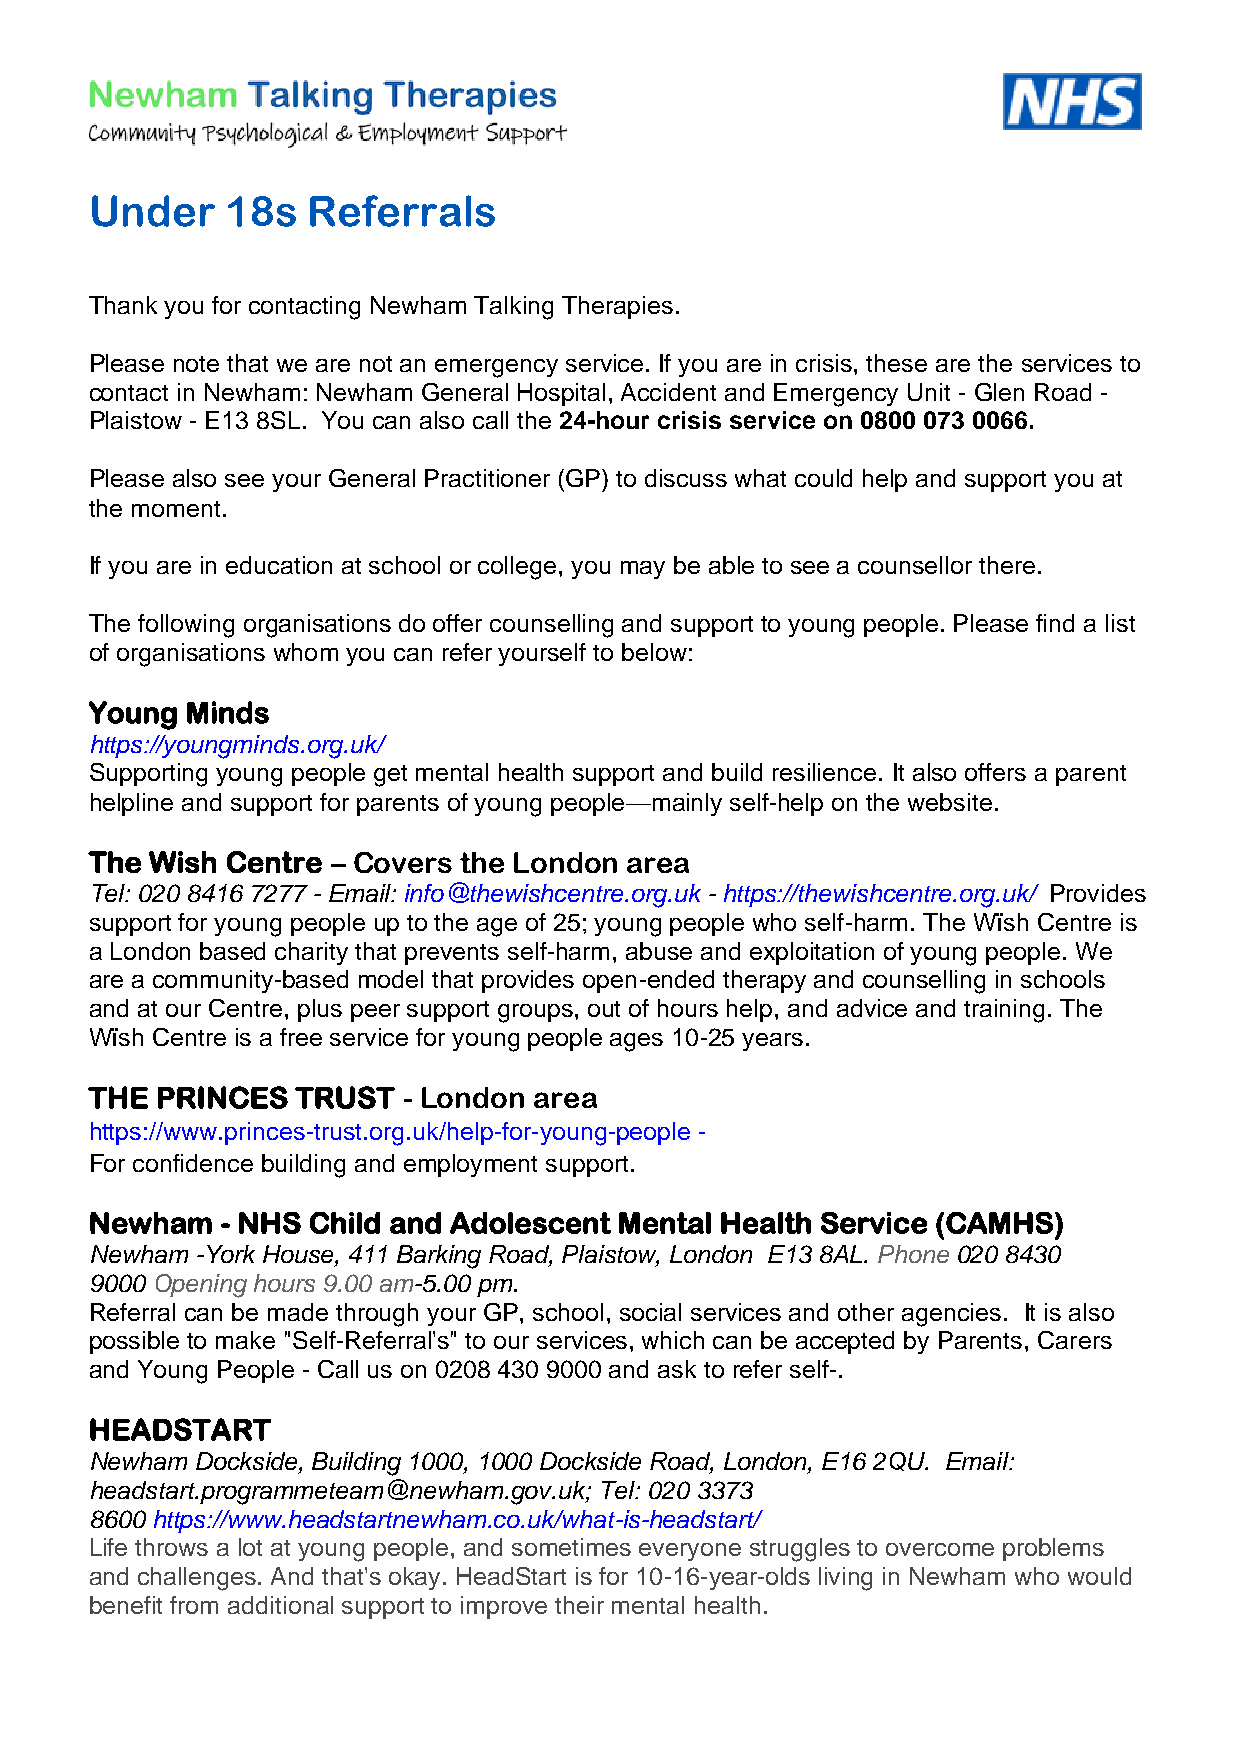
Under    18s  Referrals
 Thank you for contacting Newham Talking Therapies.
 Please note that we are not an emergency service. If you are in crisis, these are the services to
 contact in Newham: Newham General Hospital, Accident and Emergency Unit - Glen Road -
 Plaistow - E13 8SL. You can also call the 24-hour crisis service on 0800 073 0066.
 Please also see your General Practitioner (GP) to discuss what could help and support you at
 the moment.
 If you are in education at school or college, you may be able to see a counsellor there.
 The following organisations do offer counselling and support to young people. Please find a list
 of organisations whom you can refer yourself to below:
 Young Minds
 https://youngminds.org.uk/
 Supporting young people get mental health support and build resilience. It also offers a parent
 helpline and support for parents of young people—mainly self-help on the website.
 The Wish Centre – Covers the London area
 Tel: 020 8416 7277 - Email: info@thewishcentre.org.uk - https://thewishcentre.org.uk/ Provides
 support for young people up to the age of 25; young people who self-harm. The Wïsh Centre is
 a London based charity that prevents self-harm, abuse and exploitation of young people. We
 are a community-based model that provides open-ended therapy and counselling in schools
 and at our Centre, plus peer support groups, out of hours help, and advice and training. The
 Wïsh Centre is a free service for young people ages 10-25 years.
 THE PRINCES   TRUST  - London area
 https://www.princes-trust.org.uk/help-for-young-people -
 For confidence building and employment support.
 Newham   - NHS Child and Adolescent Mental Health Service (CAMHS)
 Newham -York House, 411 Barking Road, Plaistow, London E13 8AL. Phone 020 8430
 9000 Opening hours 9.00 am-5.00 pm.
 Referral can be made through your GP, school, social services and other agencies. It is also
 possible to make "Self-Referral's" to our services, which can be accepted by Parents, Carers
 and Young People - Call us on 0208 430 9000 and ask to refer self-.
 HEADSTART
 Newham Dockside, Building 1000, 1000 Dockside Road, London, E16 2QU. Email:
 headstart.programmeteam@newham.gov.uk; Tel: 020 3373
 8600 https://www.headstartnewham.co.uk/what-is-headstart/
 Life throws a lot at young people, and sometimes everyone struggles to overcome problems
 and challenges. And that's okay. HeadStart is for 10-16-year-olds living in Newham who would
 benefit from additional support to improve their mental health.